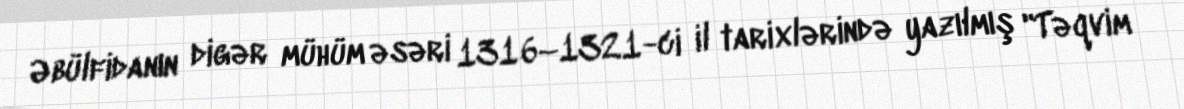
Əbülfidanın digər mühüm əsəri 1316–1321-ci il tarixlərində yazılmış "Təqvim